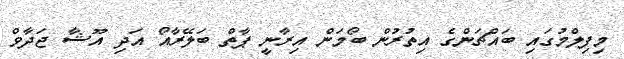
މިފިލްމުގައި ބައްޗަންގެ އިތުރުން ބޯމަން އިރާނީ ޕާތް ބަލޭރާއޯ އަދި އޫޝާ ޖަދާވް